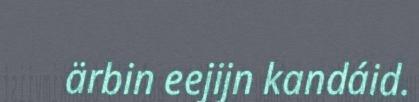
ärbin eejijn kandáid.